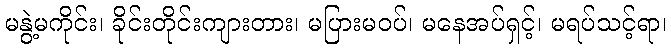
မနွဲ့မကိုင်း၊ ခိုင်းတိုင်းကျားတား၊ မပြားမဝပ်၊ မနေအပ်ရှင့်၊ မရပ်သင့်ရာ၊